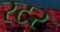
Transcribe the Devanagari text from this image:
रटर